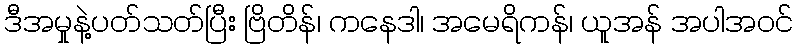
ဒီအမှုနဲ့ပတ်သတ်ပြီး ဗြိတိန်၊ ကနေဒါ၊ အမေရိကန်၊ ယူအန် အပါအဝင်